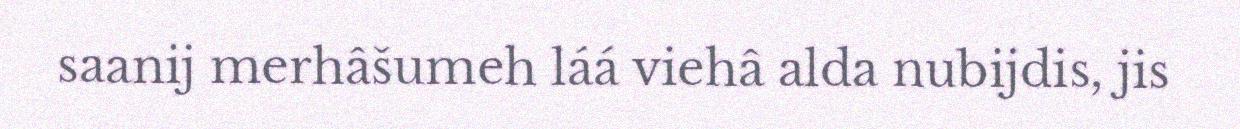
saanij merhâšumeh láá viehâ alda nubijdis, jis